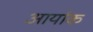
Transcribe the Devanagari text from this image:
आर्याक